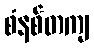
စံနစ်တကျ